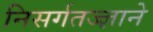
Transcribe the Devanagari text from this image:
निसर्गतज्‍ज्ञाने